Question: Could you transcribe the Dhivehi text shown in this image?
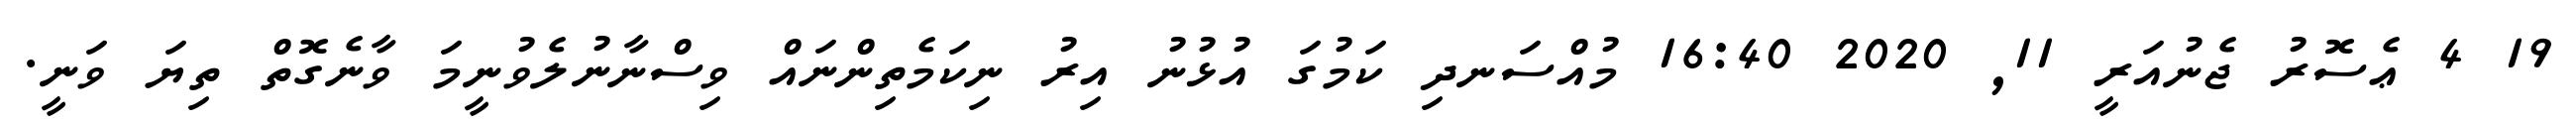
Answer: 19 4 ޢެސޮރު ޖެނުއަރީ 11, 2020 16:40 މުއްސަނދި ކަމުގަ އުޅުނު އިރު ނިކަމެތިންނައް ވިސްނާނުލެވުނީމަ ވާނެގޮތް ތިޔަ ވަނީ.